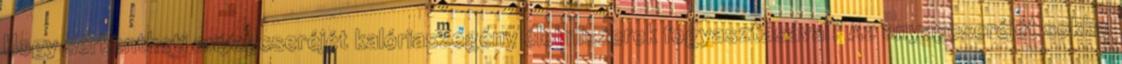
Hogy serkentheti anyagcseréjét kalóriaszegény élelmiszerek fogyasztásával? Az anyagcseréjét sokkal